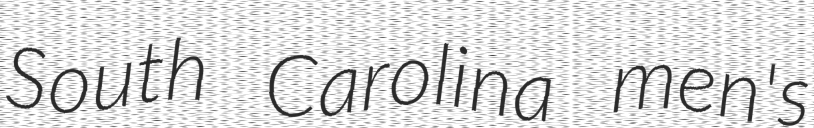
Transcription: South Carolina men's